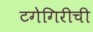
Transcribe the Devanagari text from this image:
टगेगिरीची